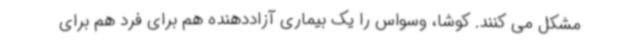
مشکل می کنند. کوشا، وسواس را یک بیماری آزاددهنده هم برای فرد هم برای